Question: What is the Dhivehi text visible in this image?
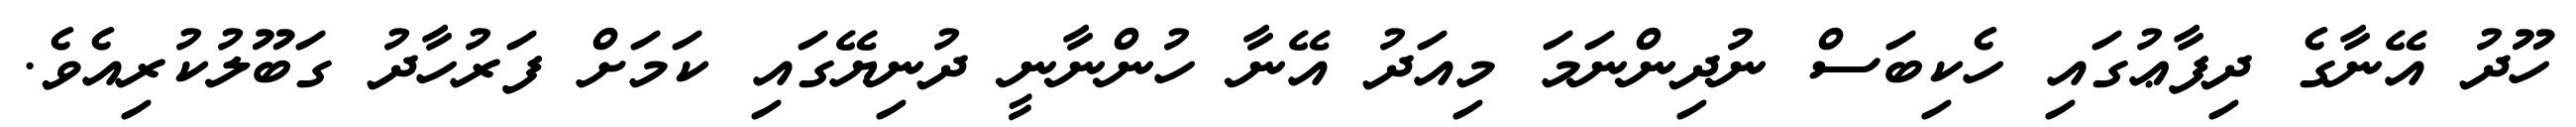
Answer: ހޫދު އޭނާގެ ދިފާޢުގައި ހެކިބަސް ނުދިންނަމަ މިއަދު އޭނާ ހުންނާނީ ދުނިޔޭގައި ކަމަށް ފަރުހާދު ގަބޫލުކުރިއެވެ.